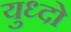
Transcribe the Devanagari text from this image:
युध्दो